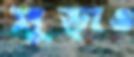
মুড়াও